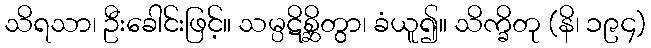
သိရသာ၊ ဦးခေါင်းဖြင့်။ သမ္ပဋိစ္ဆိတွာ၊ ခံယူ၍။ သိက္ခိတု (နိ၊ ၁၉၄)